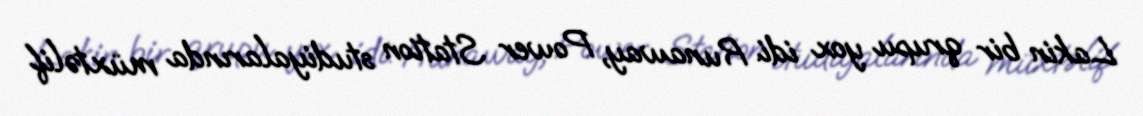
Lakin bir qrupu yox idi. Runaway, Power Station studiyalarında müxtəlif